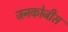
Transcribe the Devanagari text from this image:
जनकोजीस